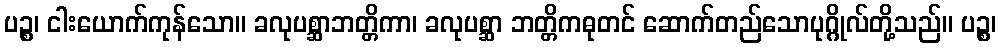
ပဉ္စ၊ ငါးယောက်ကုန်သော။ ခလုပစ္ဆာဘတ္တိကာ၊ ခလုပစ္ဆာ ဘတ္တိကဓုတင် ဆောက်တည်သောပုဂ္ဂိုလ်တို့သည်။ ပဉ္စ၊